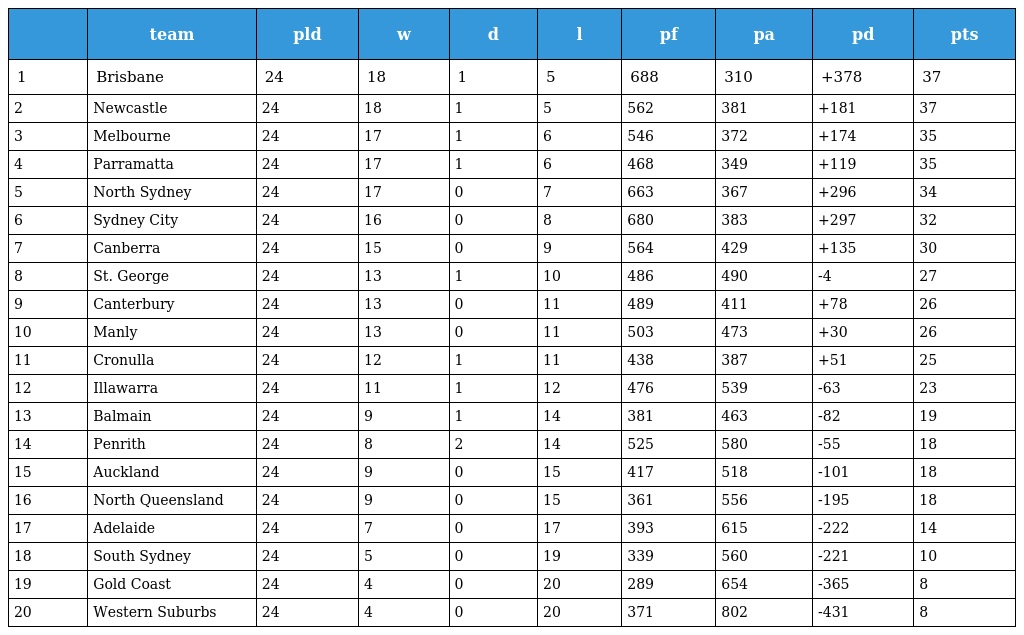
|  | team | pld | w | d | l | pf | pa | pd | pts |
 | --- | --- | --- | --- | --- | --- | --- | --- | --- | --- |
 | 1 | Brisbane | 24 | 18 | 1 | 5 | 688 | 310 | +378 | 37 |
 | 2 | Newcastle | 24 | 18 | 1 | 5 | 562 | 381 | +181 | 37 |
 | 3 | Melbourne | 24 | 17 | 1 | 6 | 546 | 372 | +174 | 35 |
 | 4 | Parramatta | 24 | 17 | 1 | 6 | 468 | 349 | +119 | 35 |
 | 5 | North Sydney | 24 | 17 | 0 | 7 | 663 | 367 | +296 | 34 |
 | 6 | Sydney City | 24 | 16 | 0 | 8 | 680 | 383 | +297 | 32 |
 | 7 | Canberra | 24 | 15 | 0 | 9 | 564 | 429 | +135 | 30 |
 | 8 | St. George | 24 | 13 | 1 | 10 | 486 | 490 | -4 | 27 |
 | 9 | Canterbury | 24 | 13 | 0 | 11 | 489 | 411 | +78 | 26 |
 | 10 | Manly | 24 | 13 | 0 | 11 | 503 | 473 | +30 | 26 |
 | 11 | Cronulla | 24 | 12 | 1 | 11 | 438 | 387 | +51 | 25 |
 | 12 | Illawarra | 24 | 11 | 1 | 12 | 476 | 539 | -63 | 23 |
 | 13 | Balmain | 24 | 9 | 1 | 14 | 381 | 463 | -82 | 19 |
 | 14 | Penrith | 24 | 8 | 2 | 14 | 525 | 580 | -55 | 18 |
 | 15 | Auckland | 24 | 9 | 0 | 15 | 417 | 518 | -101 | 18 |
 | 16 | North Queensland | 24 | 9 | 0 | 15 | 361 | 556 | -195 | 18 |
 | 17 | Adelaide | 24 | 7 | 0 | 17 | 393 | 615 | -222 | 14 |
 | 18 | South Sydney | 24 | 5 | 0 | 19 | 339 | 560 | -221 | 10 |
 | 19 | Gold Coast | 24 | 4 | 0 | 20 | 289 | 654 | -365 | 8 |
 | 20 | Western Suburbs | 24 | 4 | 0 | 20 | 371 | 802 | -431 | 8 |